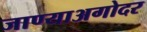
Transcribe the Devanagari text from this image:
जाण्याअगोदर